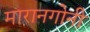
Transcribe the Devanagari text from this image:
मारानगोनी